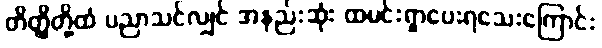
တိတ္ထိတို့ထံ ပညာသင်လျှင် အနည်းဆုံး ထမင်းရှာပေးရသေးကြောင်း